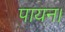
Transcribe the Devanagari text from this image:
पायन।